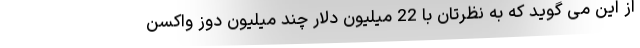
از این می گوید که به نظرتان با 22 میلیون دلار چند میلیون دوز واکسن